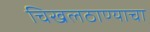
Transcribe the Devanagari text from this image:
चिखलठाण्याचा